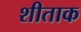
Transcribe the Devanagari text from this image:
शीताक